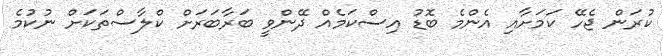
ކުރަން ޖެހޭ ކަމަށާއި އެންމެ ބޮޑު އިސްކަމެއް ދޭންވީ ބަރާބަރަށް ކްލާސްތަކަށް ނުކުމެ